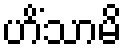
ဟိံသာမိ